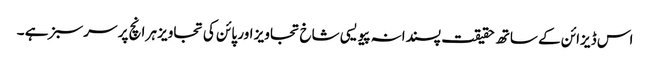
اس ڈیزائن کے ساتھ حقیقت پسندانہ پیویسی شاخ تجاویز اور پائن کی تجاویز ہر انچ پر سرسبز ہے ۔